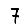
Digit: 7